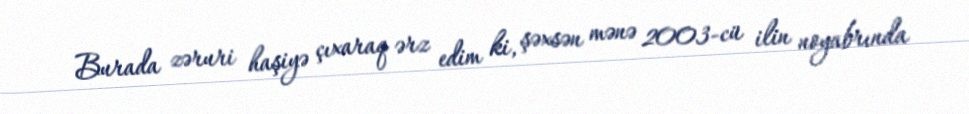
Burada zəruri haşiyə çıxaraq ərz edim ki, şəxsən mənə 2003-cü ilin noyabrında